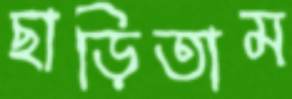
ছাড়িতাম